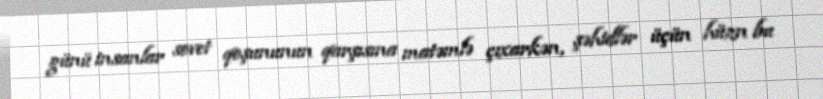
günü insanlar sovet qoşununun qarşısına matəmlə çıxarkən, şəhidlər üçün hüzn bu